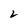
Character: 2